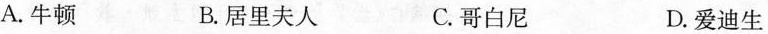
A.牛顿 B.居里夫人 C.哥白尼 D.爱迪生